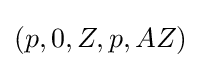
(p,0,Z,p,AZ)